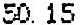
50.15